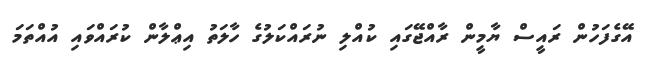
އޭގެފަހުން ރައީސް ޔާމީން ރާއްޖޭގައި ކުއްލި ނުރައްކަލުގެ ހާލަތު އިޢްލާން ކުރައްވައި އުއްތަމަ